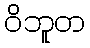
ဝိဘူတ